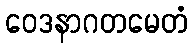
ဝေဒနာဂတမေတံ